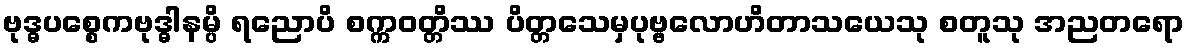
ဗုဒ္ဓပစ္စေကဗုဒ္ဓါနမ္ပိ ရညောပိ စက္ကဝတ္တိဿ ပိတ္တသေမှပုဗ္ဗလောဟိတာသယေသု စတူသု အညတရော